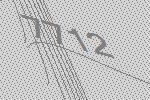
7712